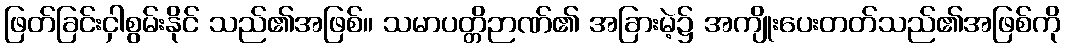
ဖြတ်ခြင်းငှါစွမ်းနိုင် သည်၏အဖြစ်။ သမာပတ္တိဉာဏ်၏ အခြားမဲ့၌ အကျိုးပေးတတ်သည်၏အဖြစ်ကို